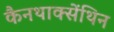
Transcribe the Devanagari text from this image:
कैनथाक्सेंथिन